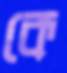
কে